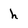
Character: h